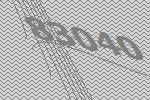
83040